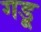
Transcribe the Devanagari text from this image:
गडू